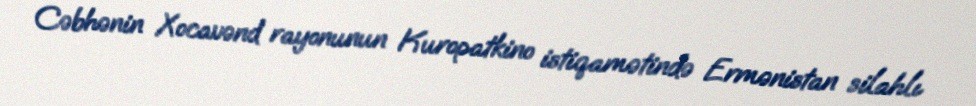
Cəbhənin Xocavənd rayonunun Kuropatkino istiqamətində Ermənistan silahlı